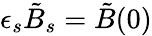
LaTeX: \epsilon_{s}\tilde{B}_{s}=\tilde{B}(0)